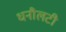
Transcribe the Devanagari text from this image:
धनौलटी